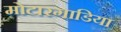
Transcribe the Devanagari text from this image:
मोटारगाडिया